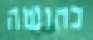
כחושה